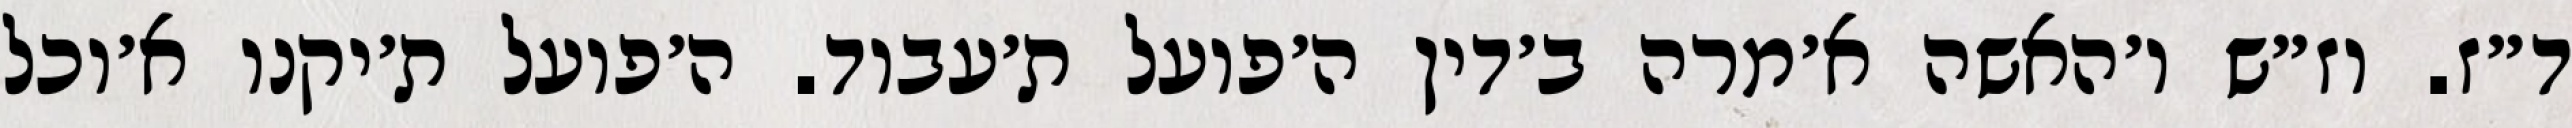
ד״ז. וז״ש ו׳האשה א׳מרה ב׳דין ה׳פועל ת׳עבוד. ה׳פועל ת׳יקנו א׳וכל